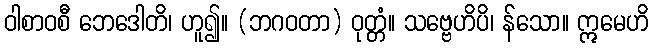
ဝါစာဝစီ ဘေဒေါတိ၊ ဟူ၍။ (ဘဂဝတာ) ဝုတ္တံ။ သဗ္ဗေဟိပိ၊ န်သော။ ဣမေဟိ